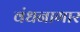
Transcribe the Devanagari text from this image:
वंधनागार